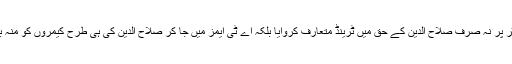
صارفین نے ٹویٹر پر نہ صرف صلاح الدین کے حق میں ٹرینڈ متعارف کروایا بلکہ اے ٹی ایمز میں جا کر صلاح الدین کی ہی طرح کیمروں کو منہ بھی چڑانے لگے۔